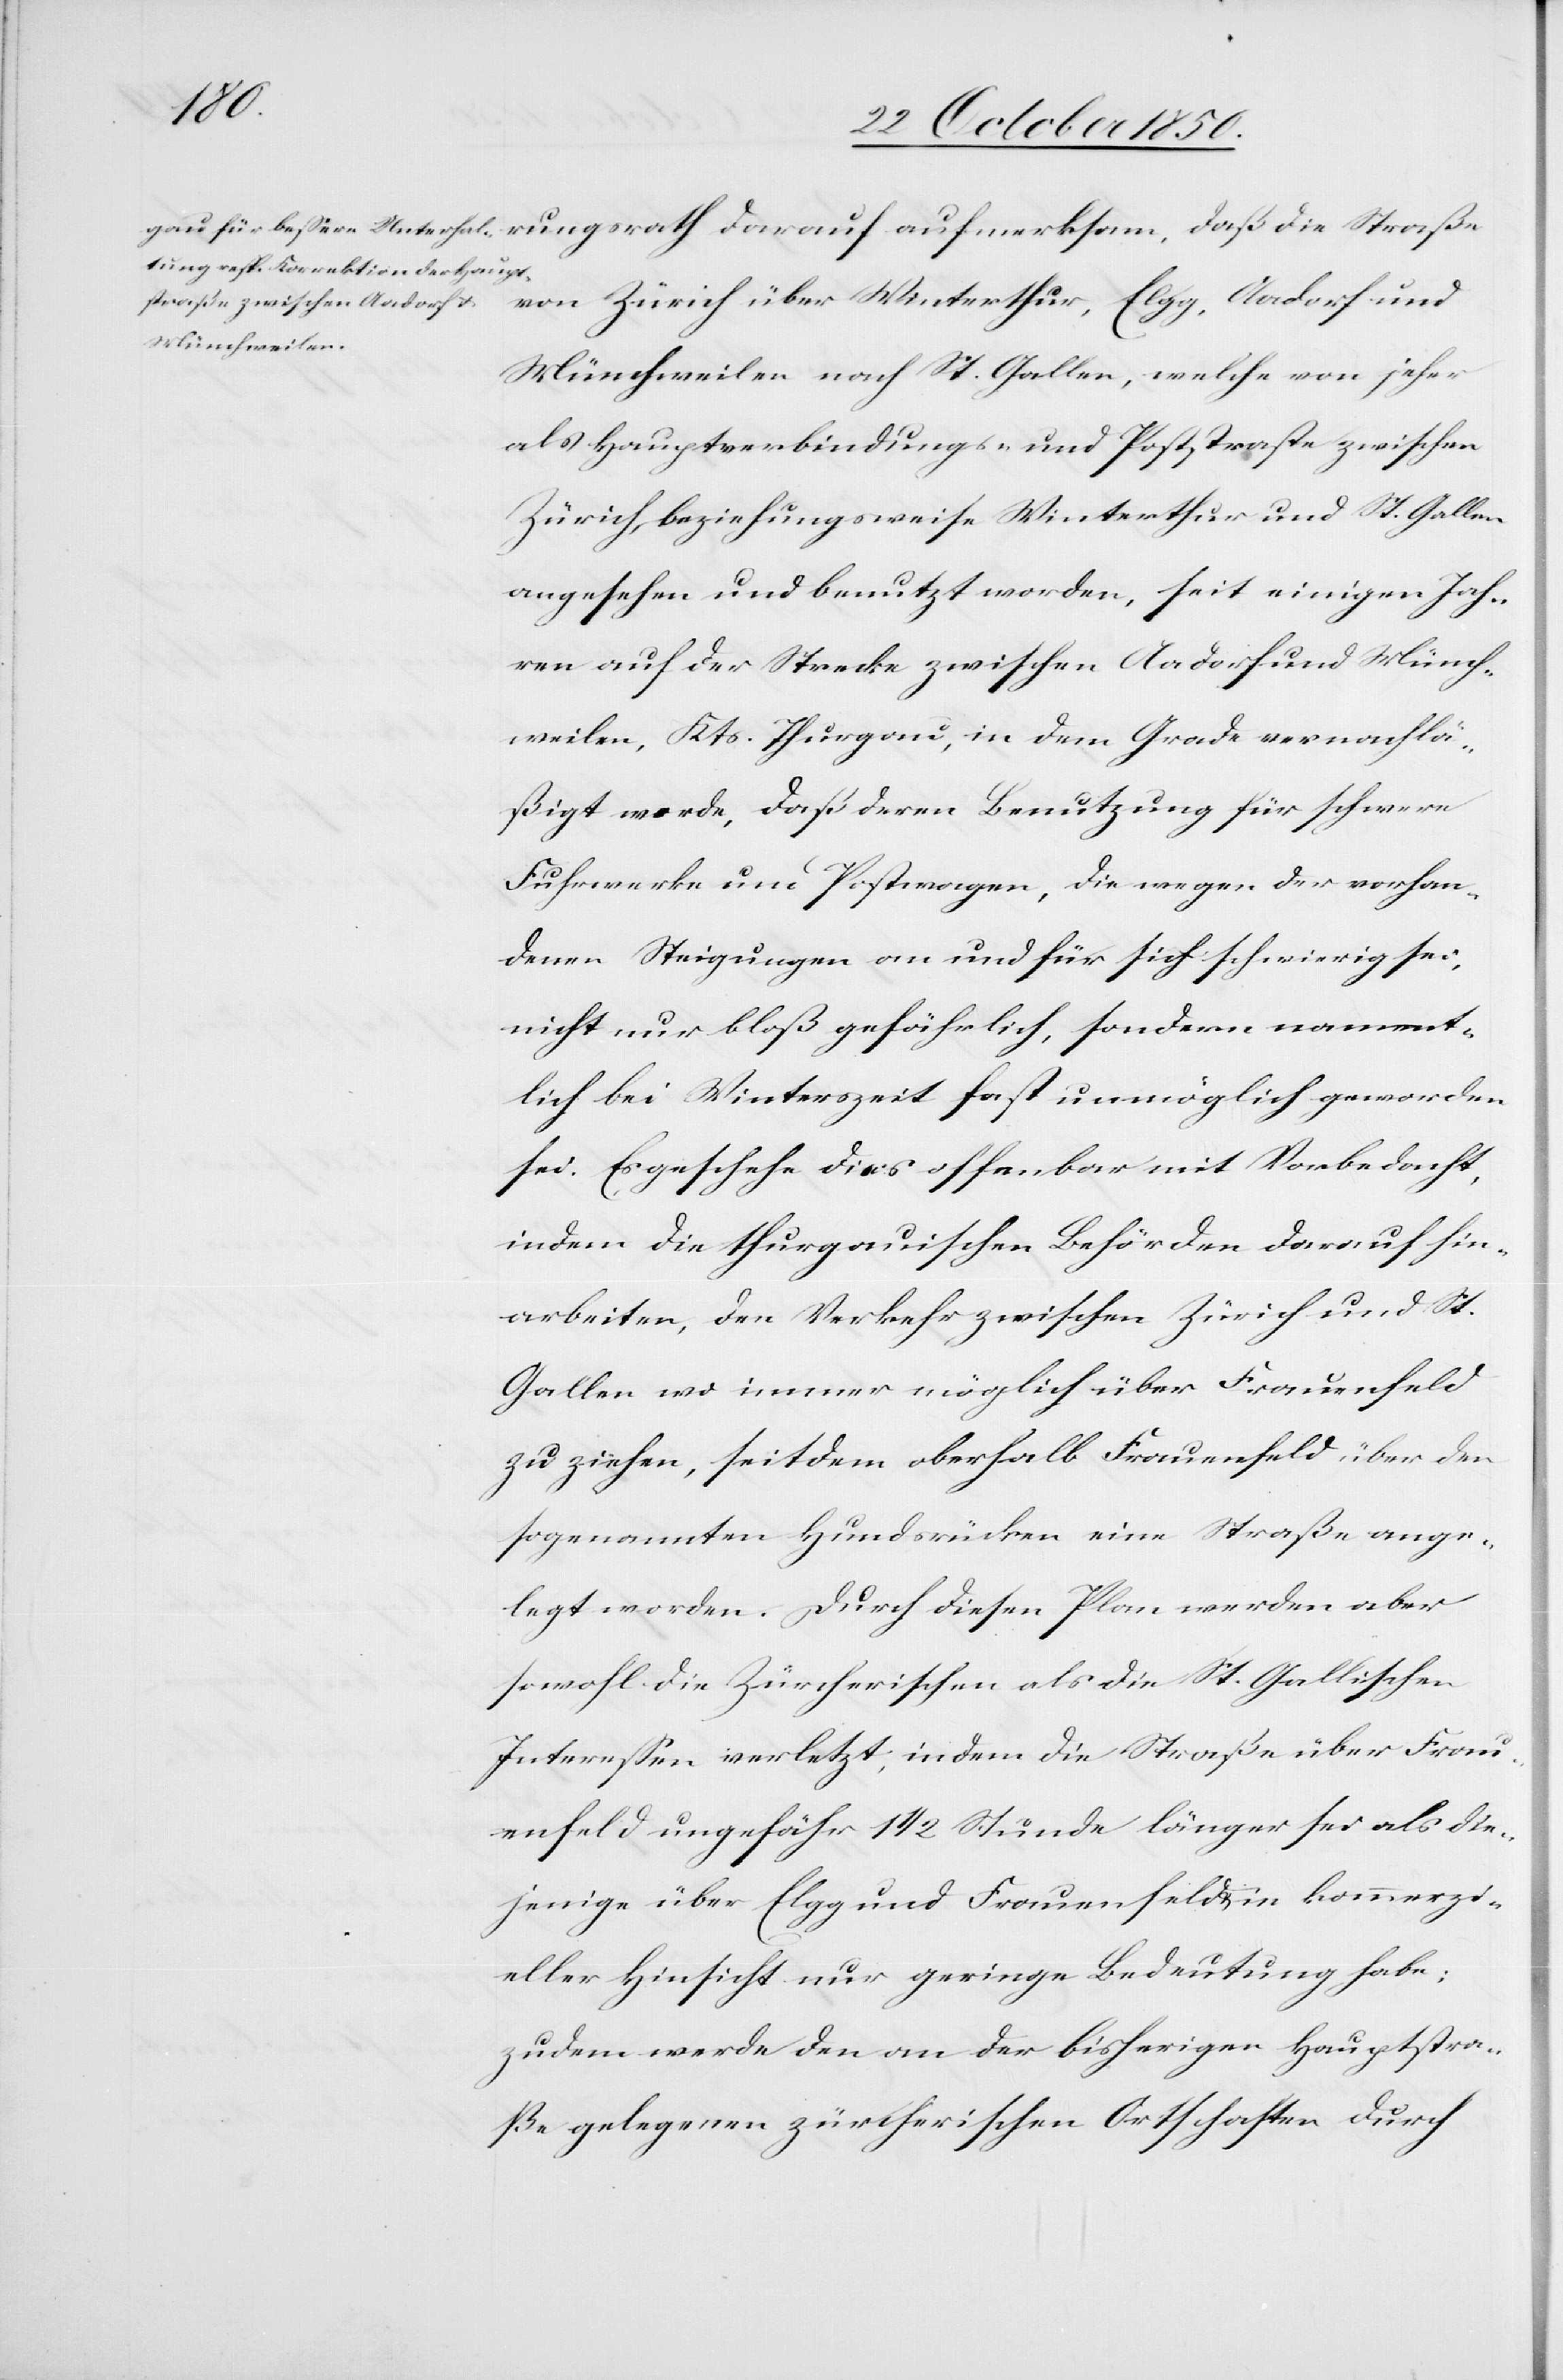
von Zürich über Winterthur, Elgg, Aadorf und
Münchweilen nach St. Gallen, welche von jeher
als Hauptverbindungs- und Poststrasse zwischen
Zürich, beziehungsweise Winterthur und St. Gallen
angesehen und benutzt worden, seit einigen Jah¬
ren auf der Strecke zwischen Aadorf und Münch¬
weilen, Kts. Thurgau, in dem Grade vernachlä¬
ßigt werde, daß deren Benutzung für schwere
Fuhrwerke und Postwagen, die wegen der vorhan¬
denen Steigungen an und für sich schwierig sei,
nicht nur bloß gefährlich, sondern nament¬
lich bei Winterszeit fast unmöglich geworden
sei. Es geschehe dies offenbar mit Vorbehalt,
indem die thurgauischen Behörden darauf hin¬
arbeiten, den Verkehr zwischen Zürich und St.
Gallen wo immer möglich über Frauenfeld
zu ziehen, seitdem oberhalb Frauenfeld über den
sogenannten Hundsrücken eine Straße ange¬
legt worden. Durch diesen Plan werden aber
sowohl die Zürcherischen als die St. Gallischen
Interessen verletzt, indem die Straße über Frau¬
enfeld ungefähr 1 1/2 Stunde länger sei als die¬
jenige über Elgg und Frauenfeld u. in kommerzi¬
eller Hinsicht nur geringe Bedeutung habe;
zudem werde den an der bisherigen Hauptstra¬
ße gelegenen zürcherischen Ortschaften durch